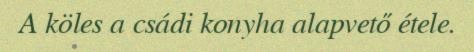
A köles a csádi konyha alapvető étele.